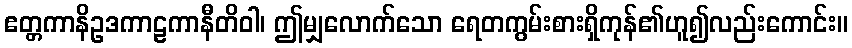
ဧတ္တကာနိဥဒကာဠကာနီတိဝါ၊ ဤမျှလောက်သော ရေတကွမ်းစားရှိကုန်၏ဟူ၍လည်းကောင်း။